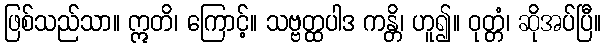
ဖြစ်သည်သာ။ ဣတိ၊ ကြောင့်။ သဗ္ဗတ္ထပါဒ ကန္တိ၊ ဟူ၍။ ဝုတ္တံ၊ ဆိုအပ်ပြီ။